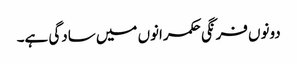
دونوں فرنگی حکمرانوں میں سادگی ہے۔